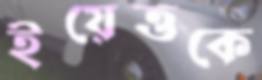
ইয়েত্তকে